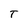
Character: T